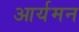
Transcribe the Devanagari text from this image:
आर्यमन